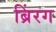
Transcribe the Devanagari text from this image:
ब्रिंरग